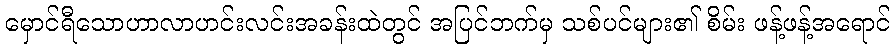
မှောင်ရီသောဟာလာဟင်းလင်းအခန်းထဲတွင် အပြင်ဘက်မှ သစ်ပင်များ၏ စိမ်း ဖန့်ဖန့်အရောင်